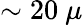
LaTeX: \sim 20~\mu